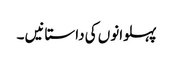
پہلوانوں کی داستانیں ۔